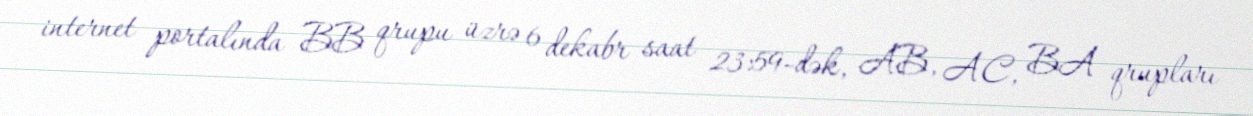
internet portalında BB qrupu üzrə 6 dekabr saat 23:59-dək, AB, AC, BA qrupları